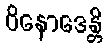
ဝိနောဒေန္တိ